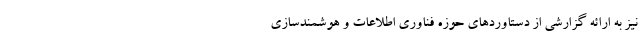
نیز به ارائه گزارشی از دستاوردهای حوزه فناوری اطلاعات و هوشمندسازی